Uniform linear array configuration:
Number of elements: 24
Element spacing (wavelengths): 0.5
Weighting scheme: kaiser
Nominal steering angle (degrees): -60
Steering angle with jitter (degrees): -58.132
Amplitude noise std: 0.05
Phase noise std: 0.05

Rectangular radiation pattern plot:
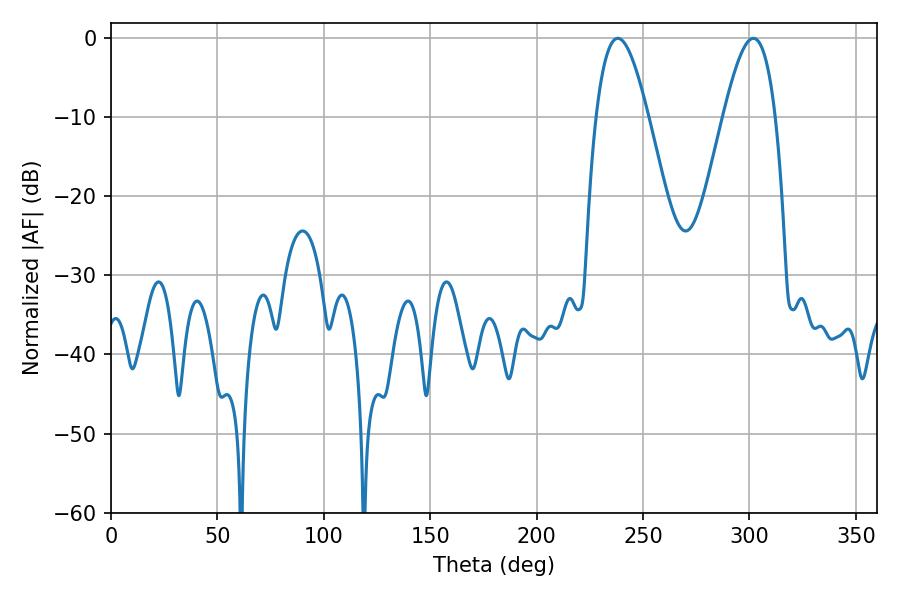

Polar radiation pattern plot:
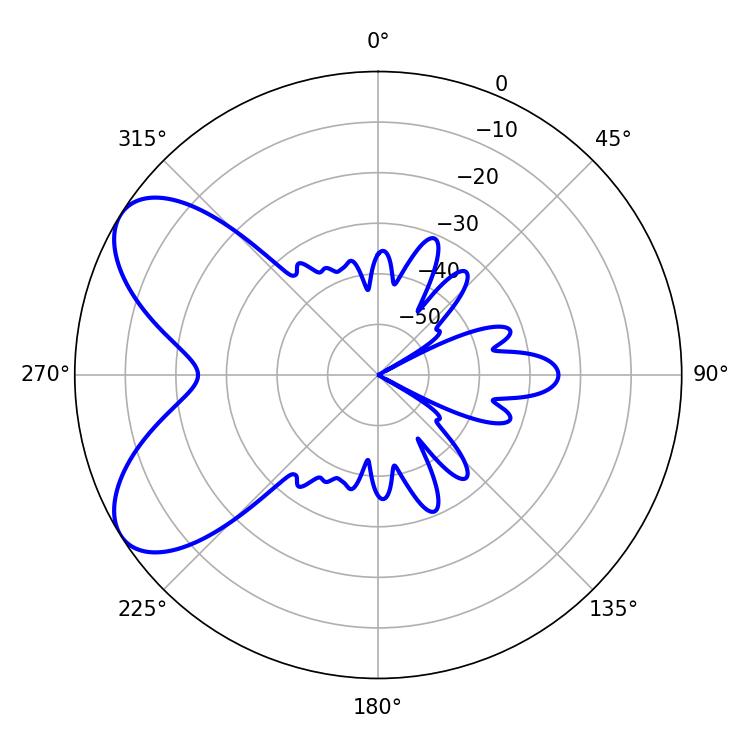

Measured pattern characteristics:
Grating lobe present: FALSE
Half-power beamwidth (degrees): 13.14
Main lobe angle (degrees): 238.14